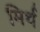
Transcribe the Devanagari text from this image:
मिर्थ